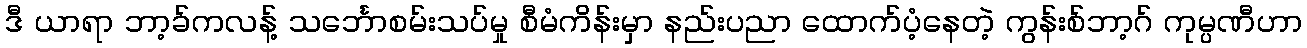
ဒီ ယာရာ ဘာ့ခ်ကလန့် သင်္ဘောစမ်းသပ်မှု စီမံကိန်းမှာ နည်းပညာ ထောက်ပံ့နေတဲ့ ကွန်းစ်ဘာ့ဂ် ကုမ္ပဏီဟာ